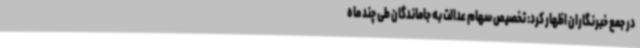
در جمع خبرنگاران اظهار کرد: تخصیص سهام عدالت به جاماندگان طی چند ماه